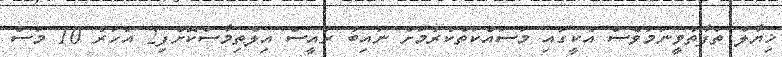
ޚިޔާލު ތަފާތުވީނަމަވެސް އެކީގައި މަސައްކަތްކުރުމަށް ނައިބު ރައީސް އިލްތިމާސްކޮށްފި2 އަހަރު 10 މަސް